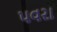
પવરા